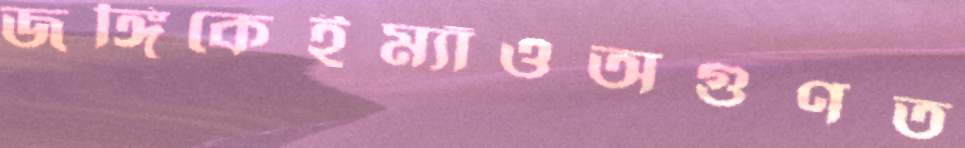
জঙ্গিকেইম্যাঁওঅগুণত